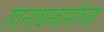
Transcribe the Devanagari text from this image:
रंगनाथस्वामींच्या